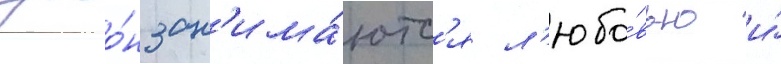
джо́н зан'има́ютс'я л'юбо́вью и́